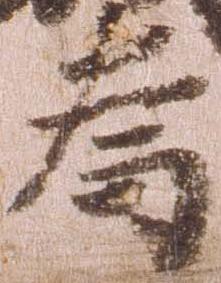
為